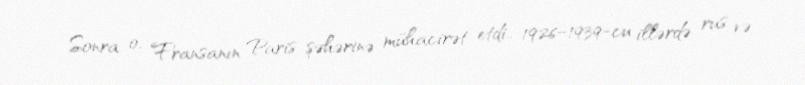
Sonra o, Fransanın Paris şəhərinə mühacirət etdi.. 1926–1939-cu illərdə rus və